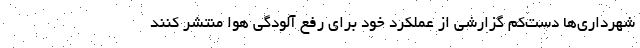
شهرداری‌ها دست‌کم گزارشی از عملکرد خود برای رفع آلودگی هوا منتشر کنند